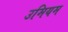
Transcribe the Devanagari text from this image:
उमियम